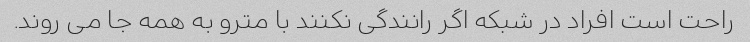
راحت است افراد در شبکه اگر رانندگی نکنند با مترو به همه جا می روند.